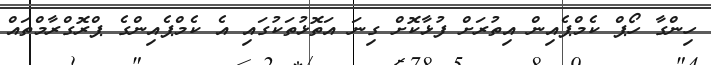
ހިންގާ ހޯޕް ކެމްޕެއިން އިތުރަށް ފުޅާކޮށް ގިނަ އަތޮޅުތަކުގައި އެ ކެމްޕެއިންގެ ޕްރޮގްރާމްތައް